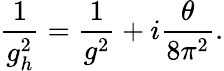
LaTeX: \frac{1}{g_{h}^{2}}=\frac{1}{g^{2}}+i\frac{\theta}{8\pi^{2}}.